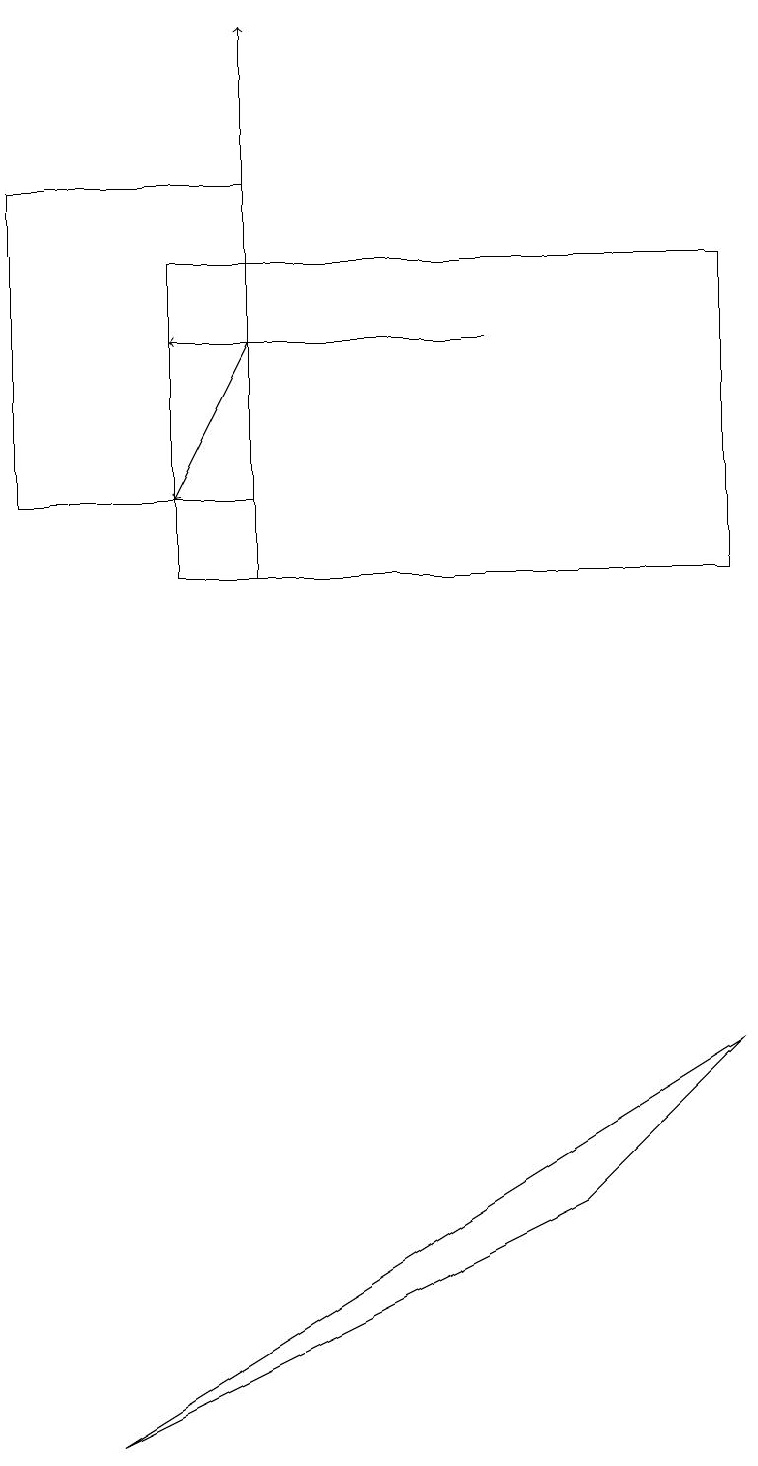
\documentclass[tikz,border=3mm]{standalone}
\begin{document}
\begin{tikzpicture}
\draw[->] (3,11) -- (3,18);
\draw (3,12) rectangle (0,16);
\draw[->] (3,14) -- (2,12);
\draw[->] (6,14) -- (2,14);
\draw (1,0) -- (9,5) -- (7,3) -- cycle;
\draw (2,15) rectangle (9,11);
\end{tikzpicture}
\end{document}